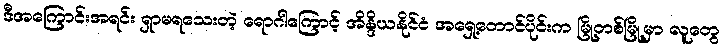
ဒီအကြောင်းအရင်း ရှာမရသေးတဲ့ ရောဂါကြောင့် အိန္ဒိယနိုင်ငံ အရှေ့တောင်ပိုင်းက မြို့တစ်မြို့မှာ လူတွေ